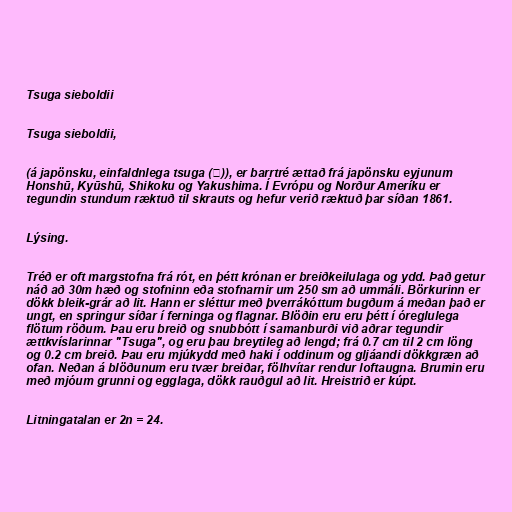
Tsuga sieboldii

Tsuga sieboldii,

(á japönsku, einfaldnlega tsuga (栂)), er barrtré ættað frá japönsku eyjunum
Honshū, Kyūshū, Shikoku og Yakushima. Í Evrópu og Norður Ameríku er
tegundin stundum ræktuð til skrauts og hefur verið ræktuð þar síðan 1861.

Lýsing.

Tréð er oft margstofna frá rót, en þétt krónan er breiðkeilulaga og ydd. Það getur
náð að 30m hæð og stofninn eða stofnarnir um 250 sm að ummáli. Börkurinn er
dökk bleik-grár að lit. Hann er sléttur með þverrákóttum bugðum á meðan það er
ungt, en springur síðar í ferninga og flagnar. Blöðin eru eru þétt í óreglulega
flötum röðum. Þau eru breið og snubbótt í samanburði við aðrar tegundir
ættkvíslarinnar "Tsuga", og eru þau breytileg að lengd; frá 0.7 cm til 2 cm löng
og 0.2 cm breið. Þau eru mjúkydd með haki í oddinum og gljáandi dökkgræn að
ofan. Neðan á blöðunum eru tvær breiðar, fölhvítar rendur loftaugna. Brumin eru
með mjóum grunni og egglaga, dökk rauðgul að lit. Hreistrið er kúpt.

Litningatalan er 2n = 24.